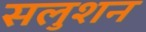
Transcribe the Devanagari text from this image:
सलुशन